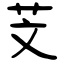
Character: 芠